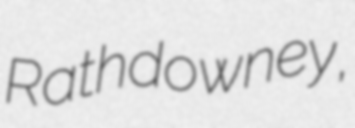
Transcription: Rathdowney,